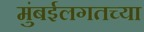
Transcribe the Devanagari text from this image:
मुंबईलगतच्या